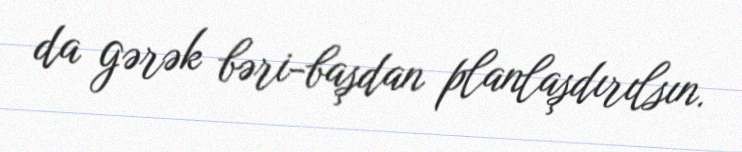
da gərək bəri-başdan planlaşdırılsın.